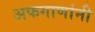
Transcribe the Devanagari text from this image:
अफगाणांनी